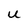
Character: U